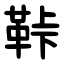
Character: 鞐